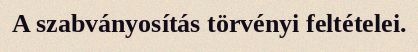
A szabványosítás törvényi feltételei.